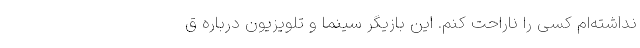
نداشته‌ام کسی را ناراحت کنم. این بازیگر سینما و تلویزیون درباره ق